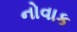
નોવાક